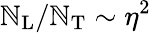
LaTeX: \mathbb{N}_{\mathrm{{L}}}/\mathbb{N}_{\mathrm{{T}}}\sim\eta^{2}